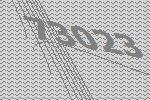
73023